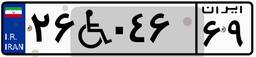
۶۳W۳۸۵۵۲